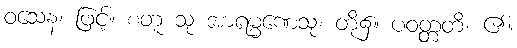
ဝသေန၊ ဖြင့်။ စတူ သု အာရမ္မဏေသု၊ တို့၌။ ပဝတ္တတိ၊ ၏။